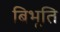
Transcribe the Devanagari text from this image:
बिभूति